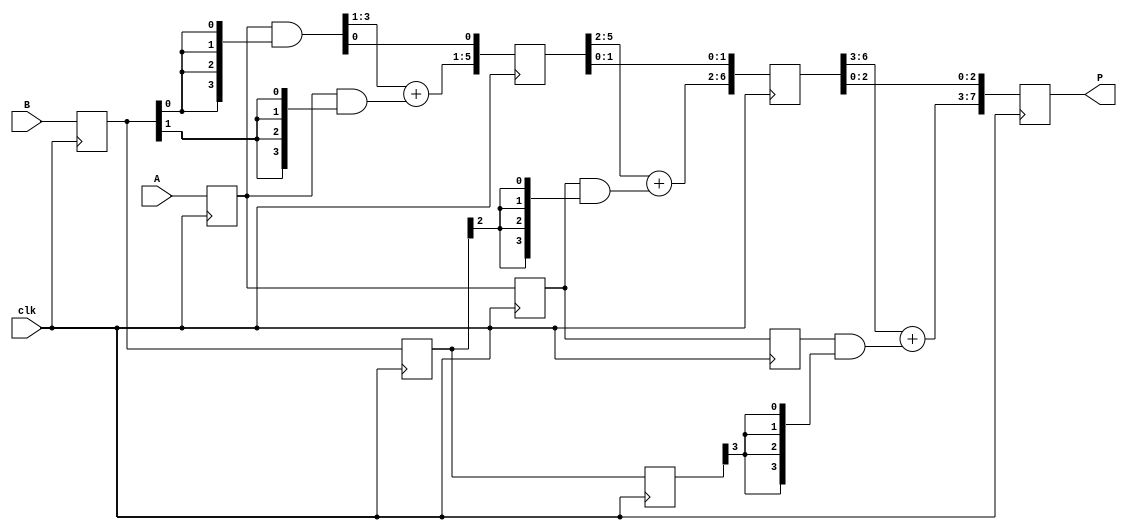
// pipelined sequential multiplier
module mult_pipe(
	output reg[7:0] P,  // product
	input[3:0] A, B,    // multiplicand and multiplier
	input clk		    // clock (posedge)
	);
	// stage 0 (input)
	reg[3:0] a_s0, b_s0;
	always @(posedge clk) begin
		a_s0 <= A;
		b_s0 <= B;
	end
	// stage 1
	wire[3:0] pp0 = a_s0 & {4{b_s0[0]}}; // ignore the delays of AND gates
	wire[4:1] pp1 = a_s0 & {4{b_s0[1]}}; // ignore the delays of AND gates
	reg[5:1] sum1;
	always @(pp0, pp1)
		sum1[5:1] <= #7 pp0[3:1] + pp1[4:1]; // delay of the 4-bit adder
	reg[3:0] a_s1, b_s1;
	reg[7:0] p_s1;
	always @(posedge clk) begin
		a_s1 <= a_s0;
		b_s1 <= b_s0;
		p_s1 <= {2'b00, sum1, pp0[0]};
	end
	// stage 2
	wire[5:2] pp2 = a_s1 & {4{b_s1[2]}}; // ignore the delays of AND gates
	reg[6:2] sum2;
	always @(p_s1, pp2)
		sum2[6:2] <= #7 p_s1[5:2] + pp2[5:2]; // delay of the 4-bit adder
	reg[3:0] a_s2, b_s2;
	reg[7:0] p_s2;
	always @(posedge clk) begin
		a_s2 <= a_s1;
		b_s2 <= b_s1;
		p_s2 <= {p_s1[7], sum2, p_s1[1:0]};
	end
	// stage 3 (outout)
	wire[6:3] pp3 = a_s2 & {4{b_s2[3]}}; // ignore the delays of AND gates
	reg[7:3] sum3;
	always @(p_s2, pp3)
		sum3[7:3] <= #7 p_s2[6:3] + pp3[6:3]; // delay of the 4-bit adder
	always @(posedge clk)
		P <= {sum3, p_s2[2:0]};
endmodule

// test bench
module mult_tb();
	// dump
	initial begin
		$dumpfile("mult_pipe.vcd");
		$dumpvars(0, mult_tb);
	end
	// clock cycle = 10 ticks
	reg clock = 1;
	always
		#5 clock <= ~clock;
	// multiplier
	reg[3:0] A, B;
	wire[7:0] P;
	reg[7:0] P_ref;
	mult_pipe mult(P, A, B, clock);
	always @(posedge clock)
		P_ref <= #30 A*B;
	// input sequence
	initial begin
		#9;
		A <= 9;
		B <= 12;
		#10;
		A <= 1;
		B <= 1;
		#10;
		A <= 8;
		B <= 15;
		#46;
		$finish;
	end
endmodule